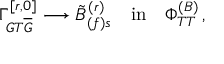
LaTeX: \Gamma _ { G T \overline { { { G } } } } ^ { [ r , 0 ] } \longrightarrow { \tilde { B } } _ { ( f ) s } ^ { ( r ) } \quad \mathrm { { i n } } \quad \Phi _ { T T } ^ { ( B ) } \, ,